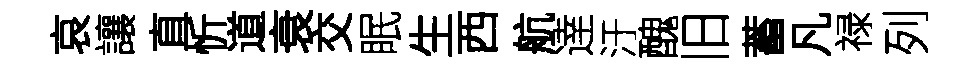
哀讓直忻道衰交眠生西航逹汙醜旧蓄凡禄列